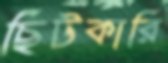
ছিটকারি